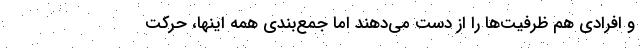
و افرادی هم ظرفیت‌ها را از دست می‌دهند اما جمع‌بندی همه اینها، حرکت